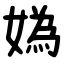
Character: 媯